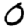
Digit: 0